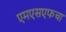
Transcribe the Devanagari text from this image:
एमएसएफचा